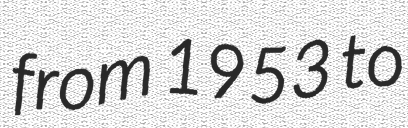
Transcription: from 1953 to